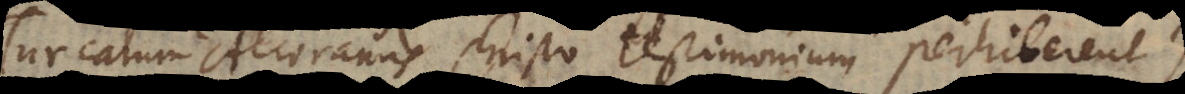
Turcarum Alcoranus Christo testimonium perhiberent),